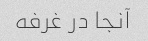
آنجا در غرفه